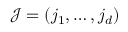
\mathcal { J } = ( j _ { 1 } , \ldots , j _ { d } )